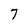
Character: 7